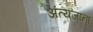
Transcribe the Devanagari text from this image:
अंत्यजांना